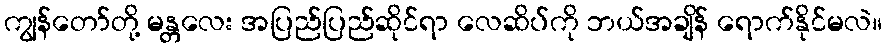
ကျွန်တော်တို့ မန္တလေး အပြည်ပြည်ဆိုင်ရာ လေဆိပ်ကို ဘယ်အချိန် ရောက်နိုင်မလဲ။